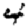
Digit: 4